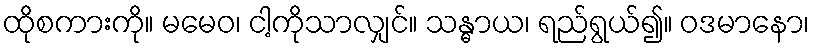
ထိုစကားကို။ မမေဝ၊ ငါ့ကိုသာလျှင်။ သန္ဓာယ၊ ရည်ရွယ်၍။ ဝဒမာနော၊